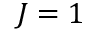
J = 1